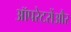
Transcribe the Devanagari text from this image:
ऑपरेटरोंऔर